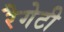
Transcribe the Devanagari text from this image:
रैगेटी